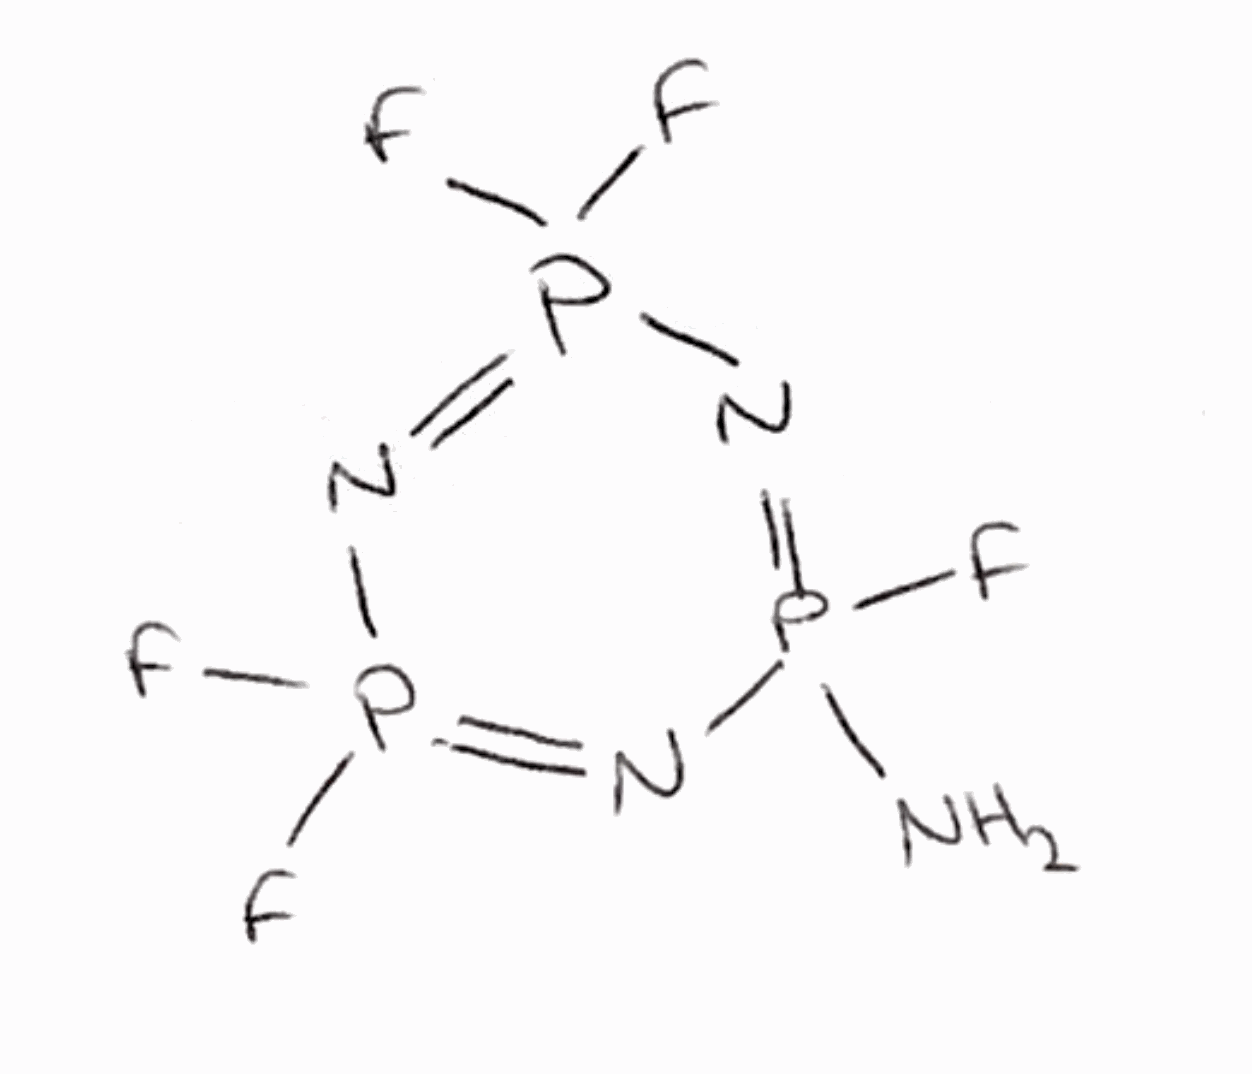
Simplified molecular-input line-entry system (SMILES) notation of the given molecule:
NP1(=NP(=NP(=N1)(F)F)(F)F)F